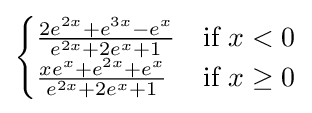
{\begin{cases}{\frac {2e^{2x}+e^{3x}-e^{x}}{e^{2x}+2e^{x}+1}}&{\text{if }}x<0\\{\frac {xe^{x}+e^{2x}+e^{x}}{e^{2x}+2e^{x}+1}}&{\text{if }}x\geq 0\end{cases}}